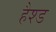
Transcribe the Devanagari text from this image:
हैश्ड